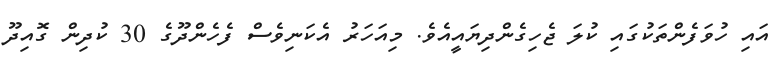
އައި ހުވަފެންތަކުގައި ކުލަ ޖެހިގެންދިޔައީއެވެ. މިއަހަރު އެކަނިވެސް ފެހެންދޫގެ 30 ކުދިން ގޮއިދޫ